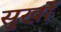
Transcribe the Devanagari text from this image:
सुर्खो